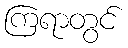
ကြရာတွင်